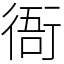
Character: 衙